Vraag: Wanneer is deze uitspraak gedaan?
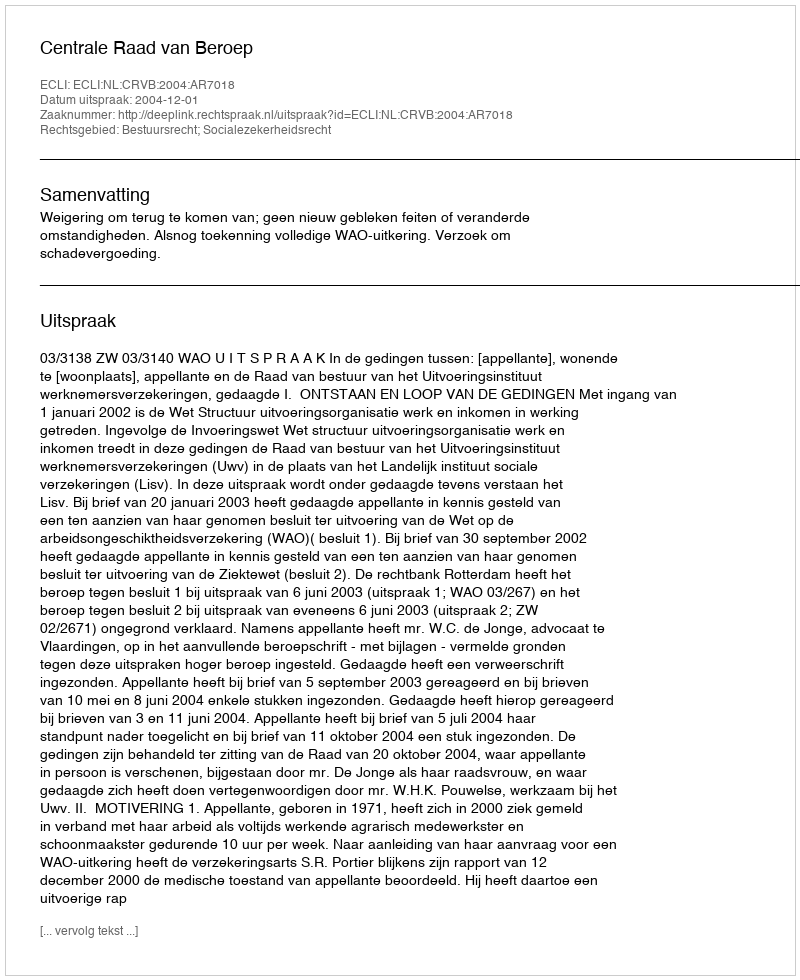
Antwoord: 2004-12-01